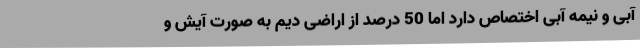
آبی و نیمه آبی اختصاص دارد اما 50 درصد از اراضی دیم به صورت آیش و